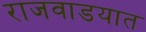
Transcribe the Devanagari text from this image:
राजवाडयात